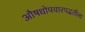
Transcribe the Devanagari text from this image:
औषधोपचारपद्धतीला